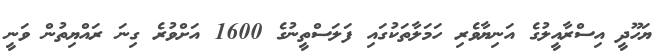
ޔަހޫދީ އިސްރާއީލުގެ އަނިޔާވެރި ހަމަލާތަކުގައި ފަލަސްތީނުގެ 1600 އަށްވުރެ ގިނަ ރައްޔިތުން ވަނީ